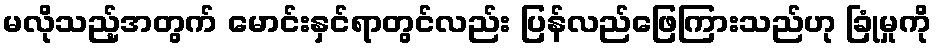
မလိုသည့်အတွက် မောင်းနှင်ရာတွင်လည်း ပြန်လည်ဖြေကြားသည်ဟု ခြုံမှုကို